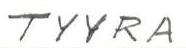
TYYRA